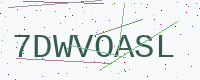
Text: 7DWVOASL